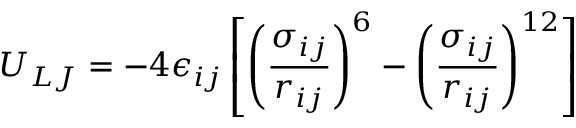
U _ { L J } = - 4 \epsilon _ { i j } \left[ \left( \frac { \sigma _ { i j } } { r _ { i j } } \right) ^ { 6 } - \left( \frac { \sigma _ { i j } } { r _ { i j } } \right) ^ { 1 2 } \right]